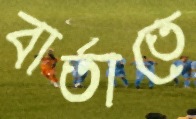
বার্তাতে